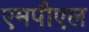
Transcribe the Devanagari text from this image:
एमपीएल